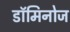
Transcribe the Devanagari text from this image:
डॉमिनोज